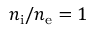
n _ { \mathrm { i } } / n _ { \mathrm { e } } = 1